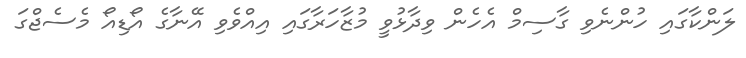
ލަންކާގައި ހުންނެވި ގާސިމް އެހެން ވިދާޅުވީ މުޒާހަރާގައި އިއްވެވި އޭނާގެ އޯޑިއޯ މެސެޖްގަ